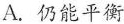
A. 仍能平衡